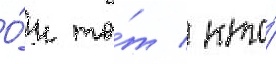
О́н то́т / кто́